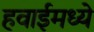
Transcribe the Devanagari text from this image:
हवाईमध्ये